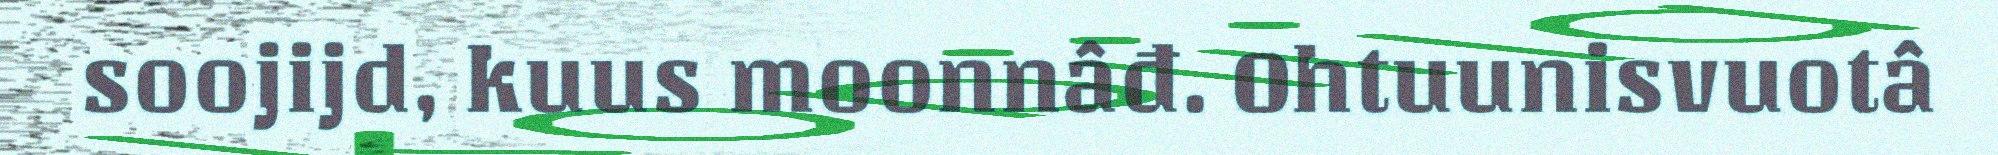
soojijd, kuus moonnâđ. Ohtuunisvuotâ